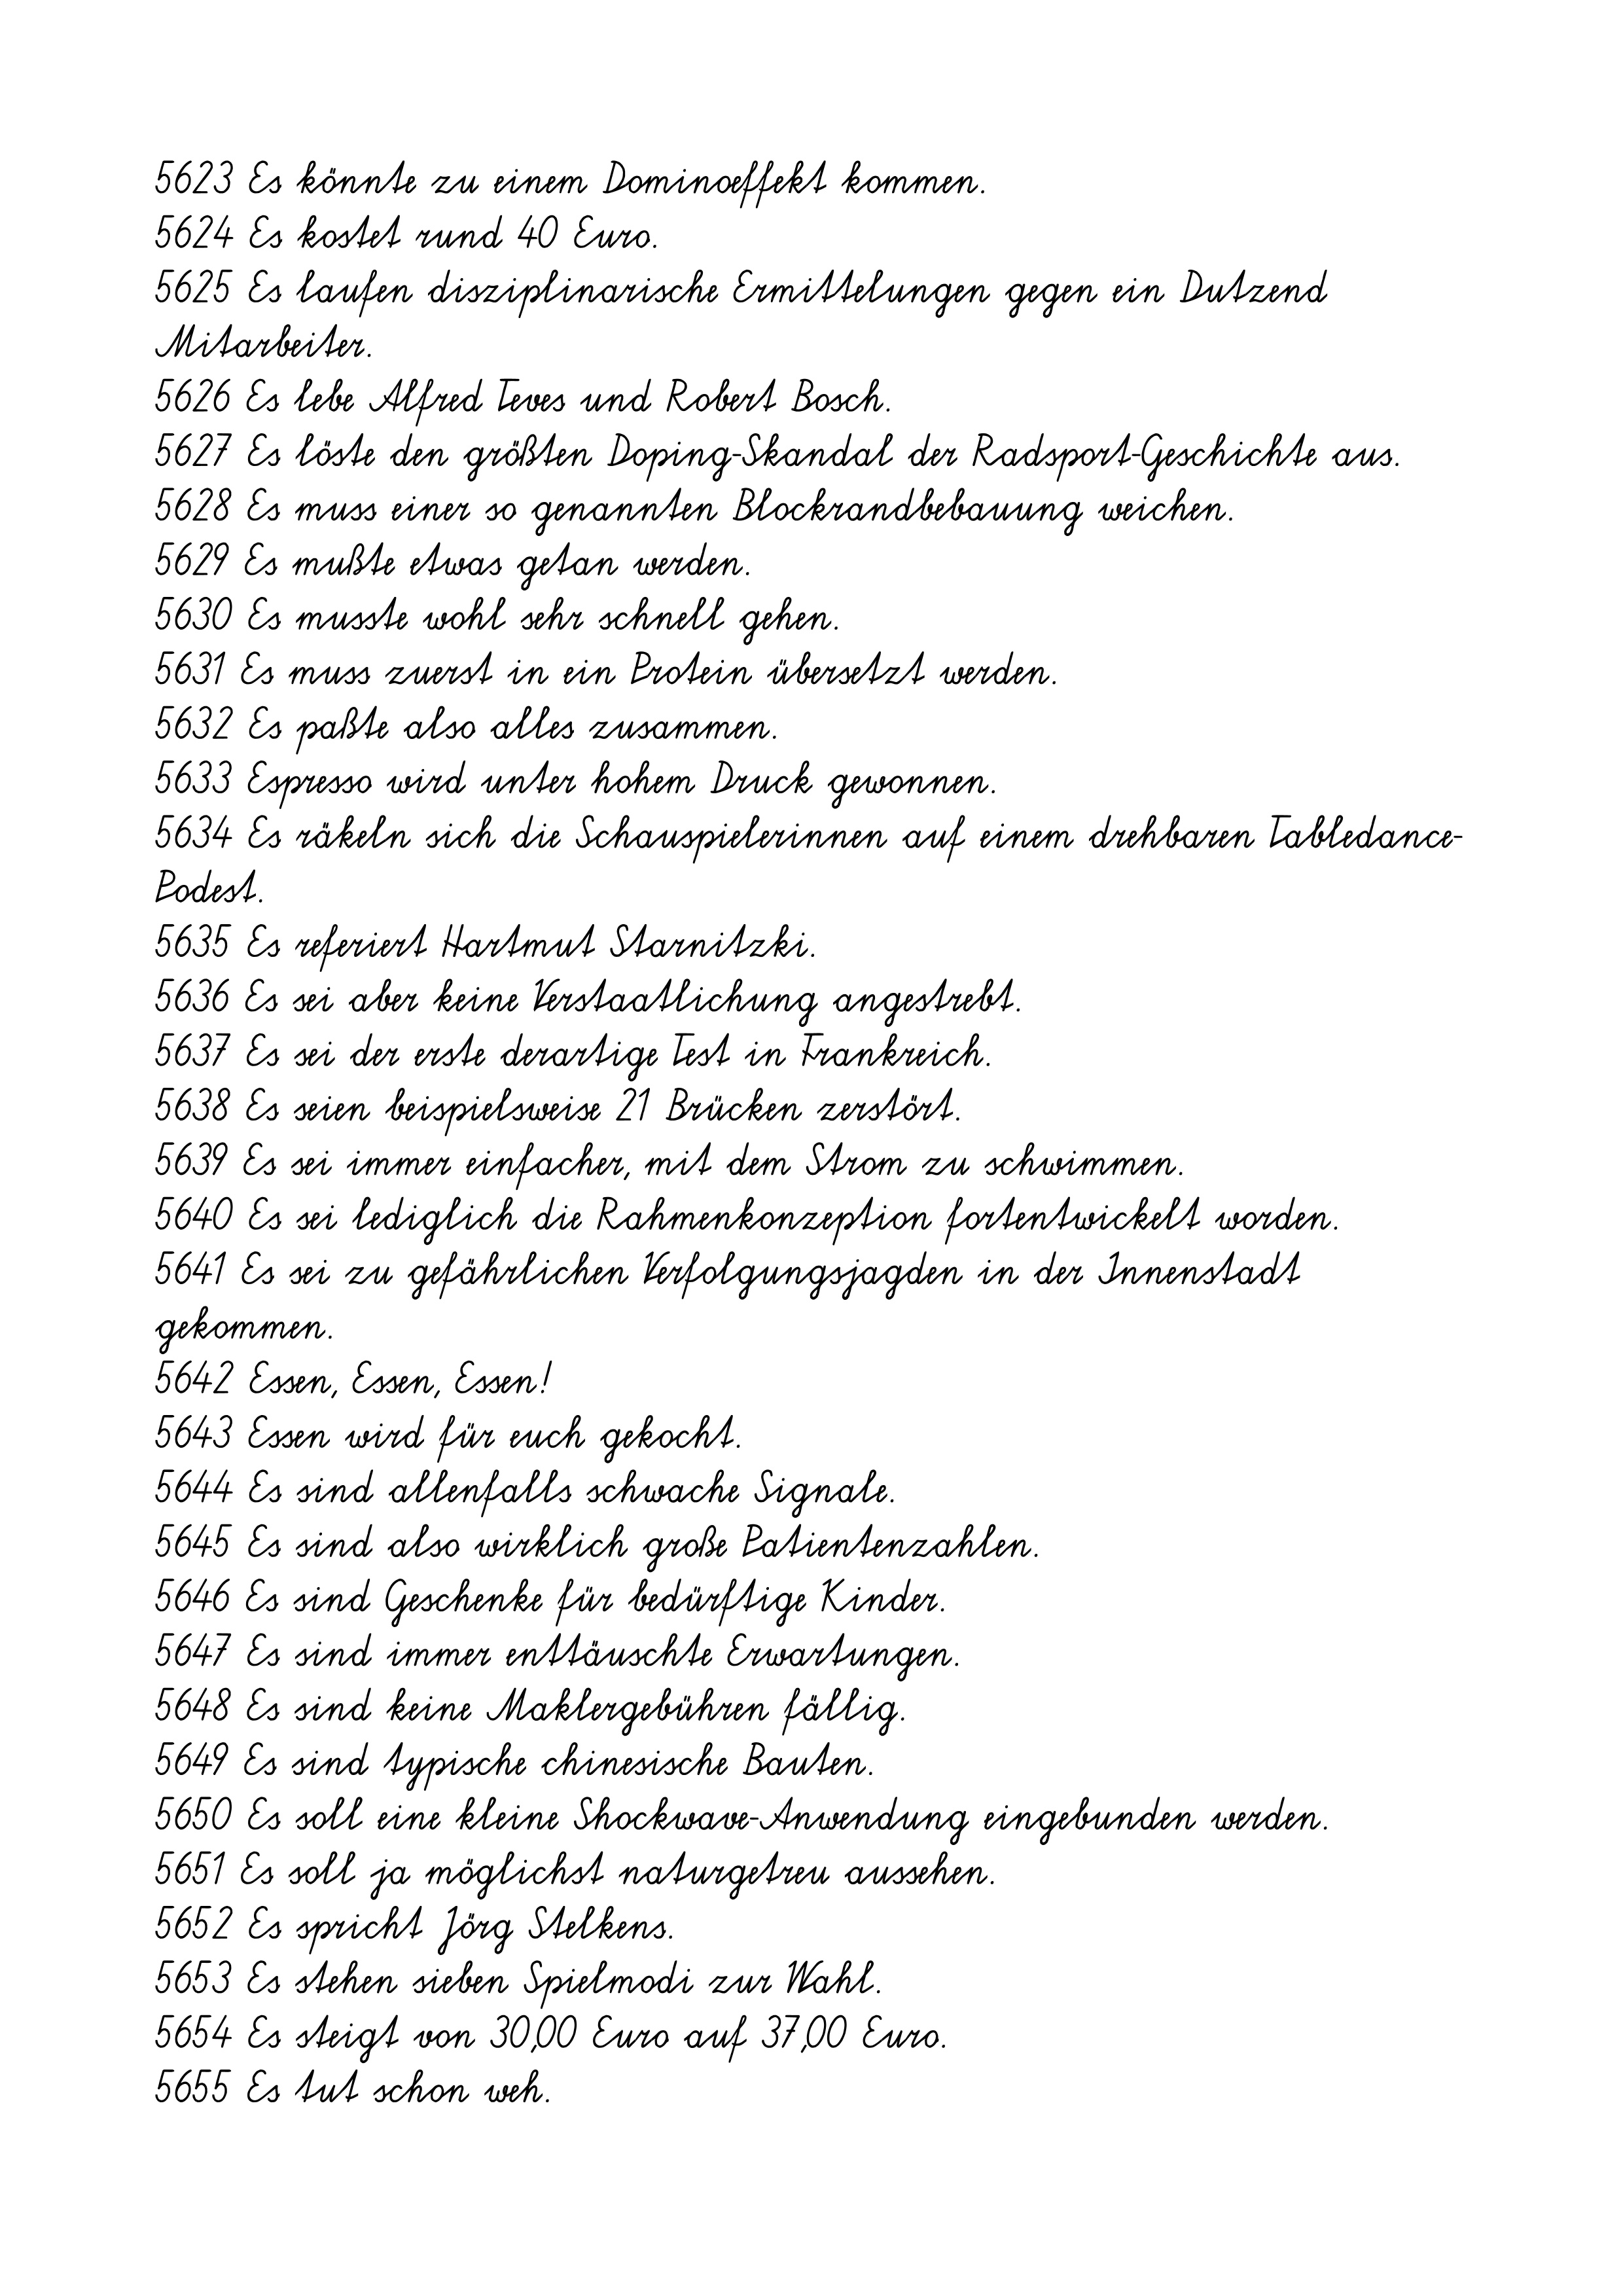
5623 Es könnte zu einem Dominoeffekt kommen.
5624 Es kostet rund 40 Euro.
5625 Es laufen disziplinarische Ermittelungen gegen ein Dutzend
Mitarbeiter.
5626 Es lebe Alfred Teves und Robert Bosch.
5627 Es löste den größten Doping-Skandal der Radsport-Geschichte aus.
5628 Es muss einer so genannten Blockrandbebauung weichen.
5629 Es mußte etwas getan werden.
5630 Es musste wohl sehr schnell gehen.
5631 Es muss zuerst in ein Protein übersetzt werden.
5632 Es paßte also alles zusammen.
5633 Espresso wird unter hohem Druck gewonnen.
5634 Es räkeln sich die Schauspielerinnen auf einem drehbaren Tabledance-
Podest.
5635 Es referiert Hartmut Starnitzki.
5636 Es sei aber keine Verstaatlichung angestrebt.
5637 Es sei der erste derartige Test in Frankreich.
5638 Es seien beispielsweise 21 Brücken zerstört.
5639 Es sei immer einfacher, mit dem Strom zu schwimmen.
5640 Es sei lediglich die Rahmenkonzeption fortentwickelt worden.
5641 Es sei zu gefährlichen Verfolgungsjagden in der Innenstadt
gekommen.
5642 Essen, Essen, Essen!
5643 Essen wird für euch gekocht.
5644 Es sind allenfalls schwache Signale.
5645 Es sind also wirklich große Patientenzahlen.
5646 Es sind Geschenke für bedürftige Kinder.
5647 Es sind immer enttäuschte Erwartungen.
5648 Es sind keine Maklergebühren fällig.
5649 Es sind typische chinesische Bauten.
5650 Es soll eine kleine Shockwave-Anwendung eingebunden werden.
5651 Es soll ja möglichst naturgetreu aussehen.
5652 Es spricht Jörg Stelkens.
5653 Es stehen sieben Spielmodi zur Wahl.
5654 Es steigt von 30,00 Euro auf 37,00 Euro.
5655 Es tut schon weh.